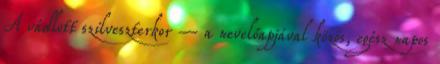
A vádlott szilveszterkor – a nevelőapjával közös, egész napos